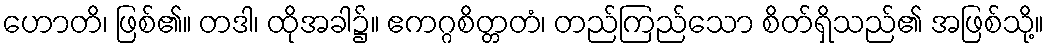
ဟောတိ၊ ဖြစ်၏။ တဒါ၊ ထိုအခါ၌။ ဧကဂ္ဂစိတ္တတံ၊ တည်ကြည်သော စိတ်ရှိသည်၏ အဖြစ်သို့။